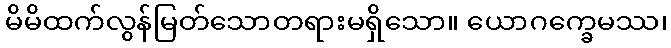
မိမိထက်လွန်မြတ်သောတရားမရှိသော။ ယောဂက္ခေမဿ၊